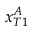
x _ { T 1 } ^ { A }